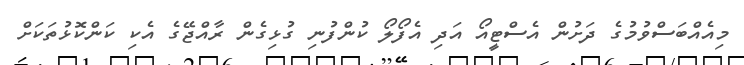
މިއެއްބަސްވުމުގެ ދަށުން އެސްޓީއޯ އަދި އެފޯލޯ ކުންފުނި ގުޅިގެން ރާއްޖޭގެ އެކި ކަންކޮޅުތަކަށް